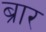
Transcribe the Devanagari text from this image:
ब्रार